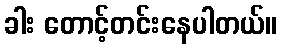
ခါး တောင့်တင်းနေပါတယ်။